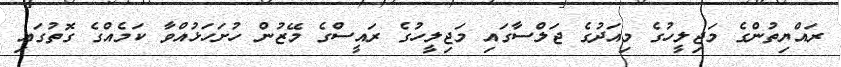
ރައްޔިތުންގެ މަޖިލީހުގެ މިއަދުގެ ޖަލްސާގައި މަޖިލީހުގެ ރައީސްގެ މޭޒުން ހުށަހަޅުއްވާ ކަމެއްގެ ގޮތުގައި